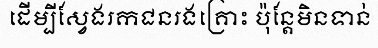
ដើម្បីស្វែងរកជនរងគ្រោះ ប៉ុន្តែមិនទាន់